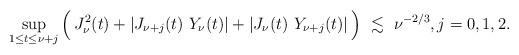
LaTeX: \begin{align*} \sup_{1\leq t \leq \nu+j} \Big ( \, J^2_{\nu}(t) + |J_{\nu+j}(t)\ Y_\nu(t)| + |J_{\nu}(t)\ Y_{\nu+j}(t)| \, \Big) \ \lesssim\ \nu^{-2/3}, j=0,1,2.\end{align*}